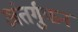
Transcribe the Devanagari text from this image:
अंतर्गुफन